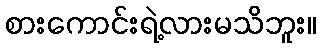
စားကောင်းရဲ့လားမသိဘူး။